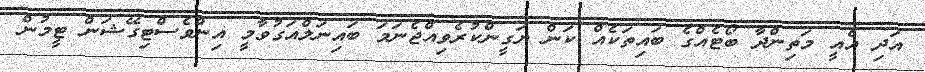
އަދި އެއީ މަތިންދާ ބޯޓެއްގެ ބައިތަކެއް ކަން ޔަގީންކުރެވިއްޖެނަމަ ބައިނަލްއަގުވާމީ އިންވެސްޓިގޭޝަން ޓީމުން